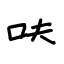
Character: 呋